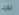
لدينا